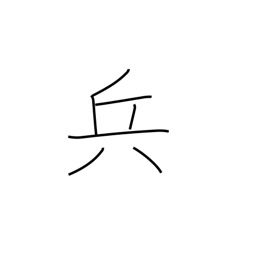
Meaning: strategy